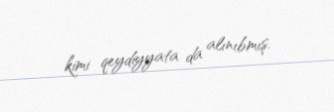
kimi qeydiyyata da alınıbmış.